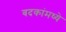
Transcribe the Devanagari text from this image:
बदकांमध्ये